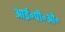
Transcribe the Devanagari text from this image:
आई॰पी॰ओ॰